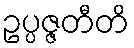
ဥပ္ပဇ္ဇတီတိ